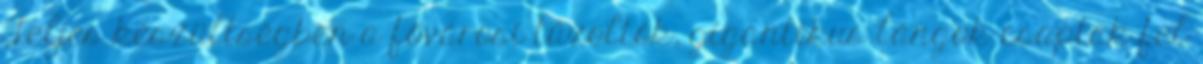
Teljes készültségben a fővárosi tűzoltók, gigantikus lángok csaptak fel